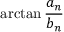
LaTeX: \arctan { \frac { a _ { n } } { b _ { n } } }